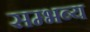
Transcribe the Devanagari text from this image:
सम्भब्य